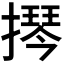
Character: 𫾂